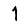
Digit: 1